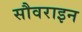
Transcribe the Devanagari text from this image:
सौवराइन